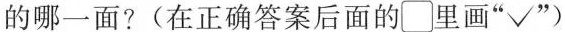
的哪一面?(在正确答案后面的□里画”√”)